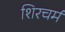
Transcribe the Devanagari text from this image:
शिरचर्म